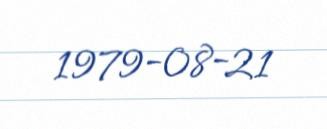
1979-08-21